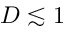
D \lesssim 1